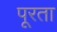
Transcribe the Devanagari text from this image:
पूरता